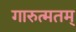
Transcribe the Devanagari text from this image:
गारुत्मतम्